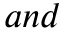
a n d